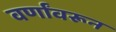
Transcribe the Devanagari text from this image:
वर्णांवरून